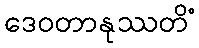
ဒေဝတာနုဿတိံ